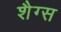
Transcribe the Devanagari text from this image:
शैग्स